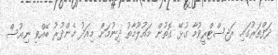
ދަފްތަރުގައި ރަޖިސްޓްރީވުމާ ގުޅޭ ގޮތުން މައުލޫމާތު ދިނުމަށް މިއަދު މެންދުރު ބޭއްވި ނިއުސް